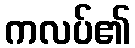
ကလပ်၏